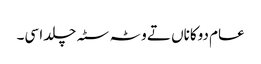
عام دوکاناں تے وٹہ سٹہ چلدا سی۔